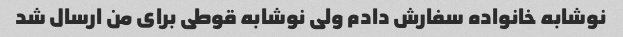
نوشابه خانواده سفارش دادم ولی نوشابه قوطی برای من ارسال شد